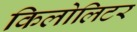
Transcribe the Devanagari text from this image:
किलोलिटर